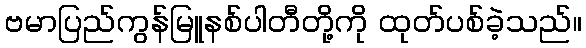
ဗမာပြည်ကွန်မြူနစ်ပါတီတို့ကို ထုတ်ပစ်ခဲ့သည်။